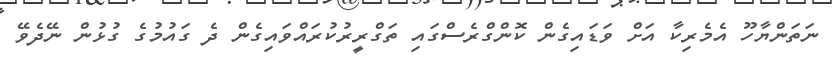
ނަތަންޔާހޫ އެމެރިކާ އަށް ވަޑައިގެން ކޮންގްރެސްގައި ތަގްރީރުކުރައްވައިގެން ދެ ގައުމުގެ ގުޅުން ނޭދެވޭ